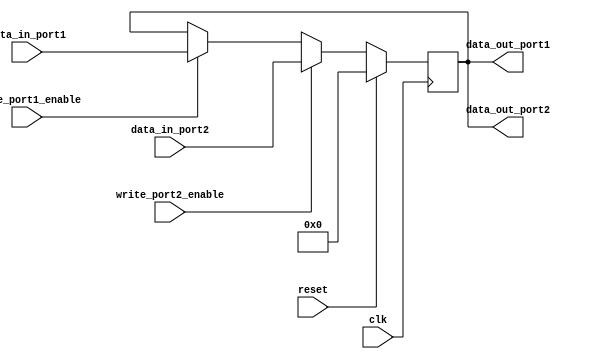
module dual_port_register (
    input wire clk,
    input wire reset,
    input wire write_port1_enable,
    input wire write_port2_enable,
    input wire [31:0] data_in_port1,
    input wire [31:0] data_in_port2,
    output reg [31:0] data_out_port1,
    output reg [31:0] data_out_port2
);

reg [31:0] register_data;

always @(posedge clk) begin
    if (reset) begin
        register_data <= 32'b0;
    end else begin
        if (write_port1_enable) begin
            register_data <= data_in_port1;
        end
        if (write_port2_enable) begin
            register_data <= data_in_port2;
        end
    end
end

assign data_out_port1 = register_data;
assign data_out_port2 = register_data;

endmodule